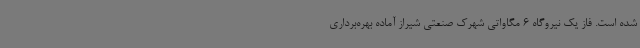
شده است. فاز یک نیروگاه 6 مگاواتی شهرک صنعتی شیراز آماده بهره‌برداری